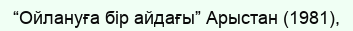
“Ойлануға бір айдағы” Арыстан (1981),